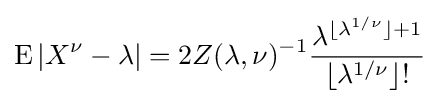
\operatorname {E} |X^{\nu }-\lambda |=2Z(\lambda ,\nu )^{-1}{\frac {\lambda ^{\lfloor \lambda ^{1/\nu }\rfloor +1}}{\lfloor \lambda ^{1/\nu }\rfloor !}}